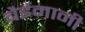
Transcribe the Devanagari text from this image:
बैईमानी